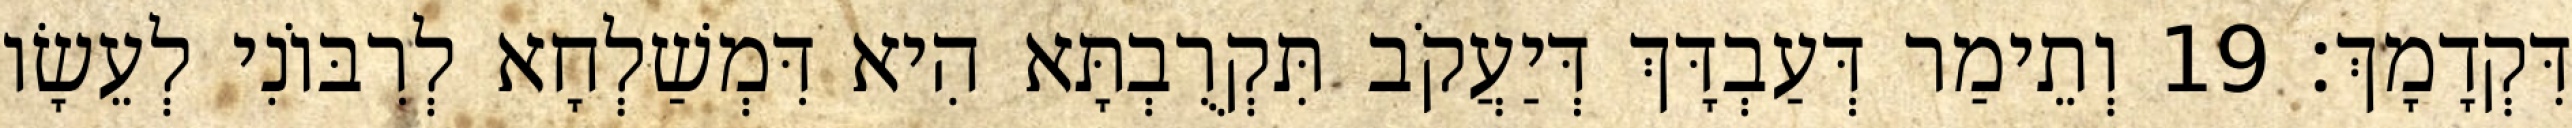
דִּקְדָמָךְ׃ 19 וְתֵימַר דְּעַבְדָּךְ דְּיַעֲקֹב תִּקְרֻבְתָּא הִיא דִּמְשַׁלְחָא לְרִבּוֹנִי לְעֵשָׂו